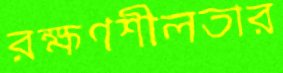
রক্ষণশীলতার